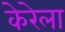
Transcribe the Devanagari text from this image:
केरेला